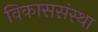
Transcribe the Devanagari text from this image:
विकाससंस्था